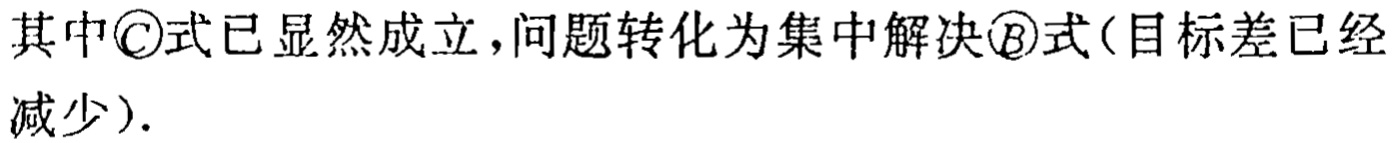
其中\textcircled{C}式已显然成立，问题转化为集中解决\textcircled{B}式(目标差已经减少).